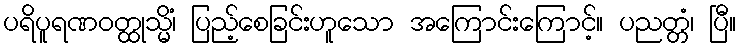
ပရိပူရဏဝတ္ထုသ္မိံ၊ ပြည့်စေခြင်းဟူသော အကြောင်းကြောင့်။ ပညတ္တံ၊ ပြီ။